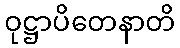
ဝုဋ္ဌာပိတေနာတိ